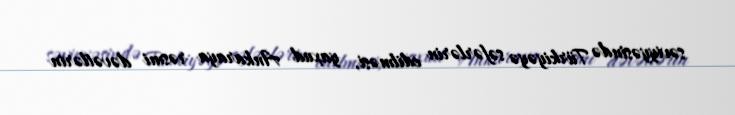
səviyyəsində Türkiyəyə səfərlərin edilməsi, yaxud Ankaraya rəsmi dəvətlərin